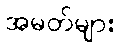
အမတ်များ